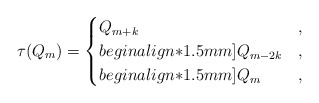
\begin{align*} \tau(Q_{m})= \begin{cases} Q_{m+k} & , \\begin{align*}1.5mm] Q_{m-2k} & , \\begin{align*}1.5mm] Q_m & , \end{cases}\end{align*}